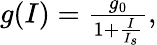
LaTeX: \begin{array}{r}{g(I)=\frac{g_{0}}{1+\frac{I}{I_{s}}},}\end{array}